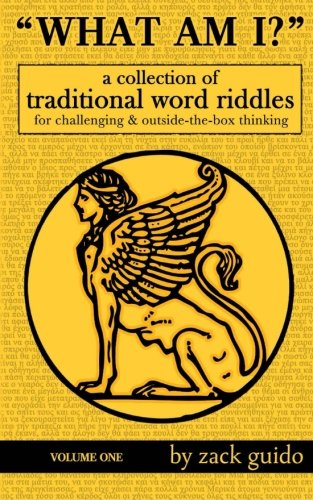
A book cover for What Am I?: A Collection Of Traditional Word Riddles - Volume One (Volume 1); Zack Guido; Humor & Entertainment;